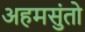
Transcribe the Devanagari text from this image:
अहमसुंतो